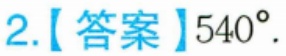
2.【答案】\(540^{\circ}\).